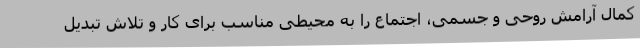
کمال آرامش روحی و جسمی، اجتماع را به محیطی مناسب برای کار و تلاش تبدیل